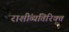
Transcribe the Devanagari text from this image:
राशींव्यतिरिक्त